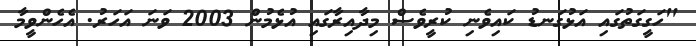
"ހަގީގަތުގައި އަޅުގަނޑު ކައިވެނި ކުރީވެސް މިދާއިރާގައި އުޅެމުން 2003 ވަނަ އަހަރު. އެހެންވީމާ